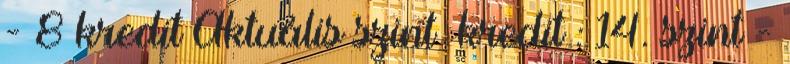
- 8 kredit Aktuális szint kredit : 14. szint -